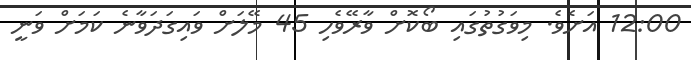
12:00 އަށެވެ. މިވަގުތުގައި ބޯކޮށް ވާރޭވެހި 45 މޭލަށް ވައިގަދަވާނެ ކަމަށް ވަނީ